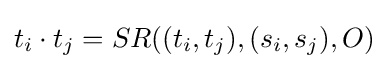
t_{i}\cdot t_{j}=SR((t_{i},t_{j}),(s_{i},s_{j}),O)